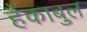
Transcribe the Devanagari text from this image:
हैंकाबुल